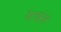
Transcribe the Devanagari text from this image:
पेटवलेले